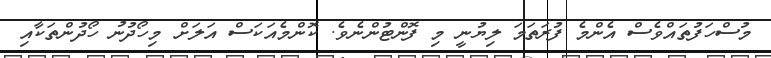
މުސްހަފުތައްވެސް އެންމެ ފުރަތަމަ ލިޔުނީ މި ފޮންޓުންނެވެ. ކޮންމެއަކަސް އަލަށް މިހޯދުނު ހޯދުންތަކާއި